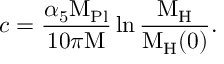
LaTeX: c = \frac { \alpha _ { 5 } { \mathrm { M } _ { \mathrm { P l } } } } { 1 0 \pi \mathrm { M } } \ln { \frac { \mathrm { M } _ { \mathrm { H } } } { \mathrm { M } _ { \mathrm { H } } ( 0 ) } } .